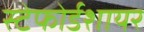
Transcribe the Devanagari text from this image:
स्टेफोर्डशायर